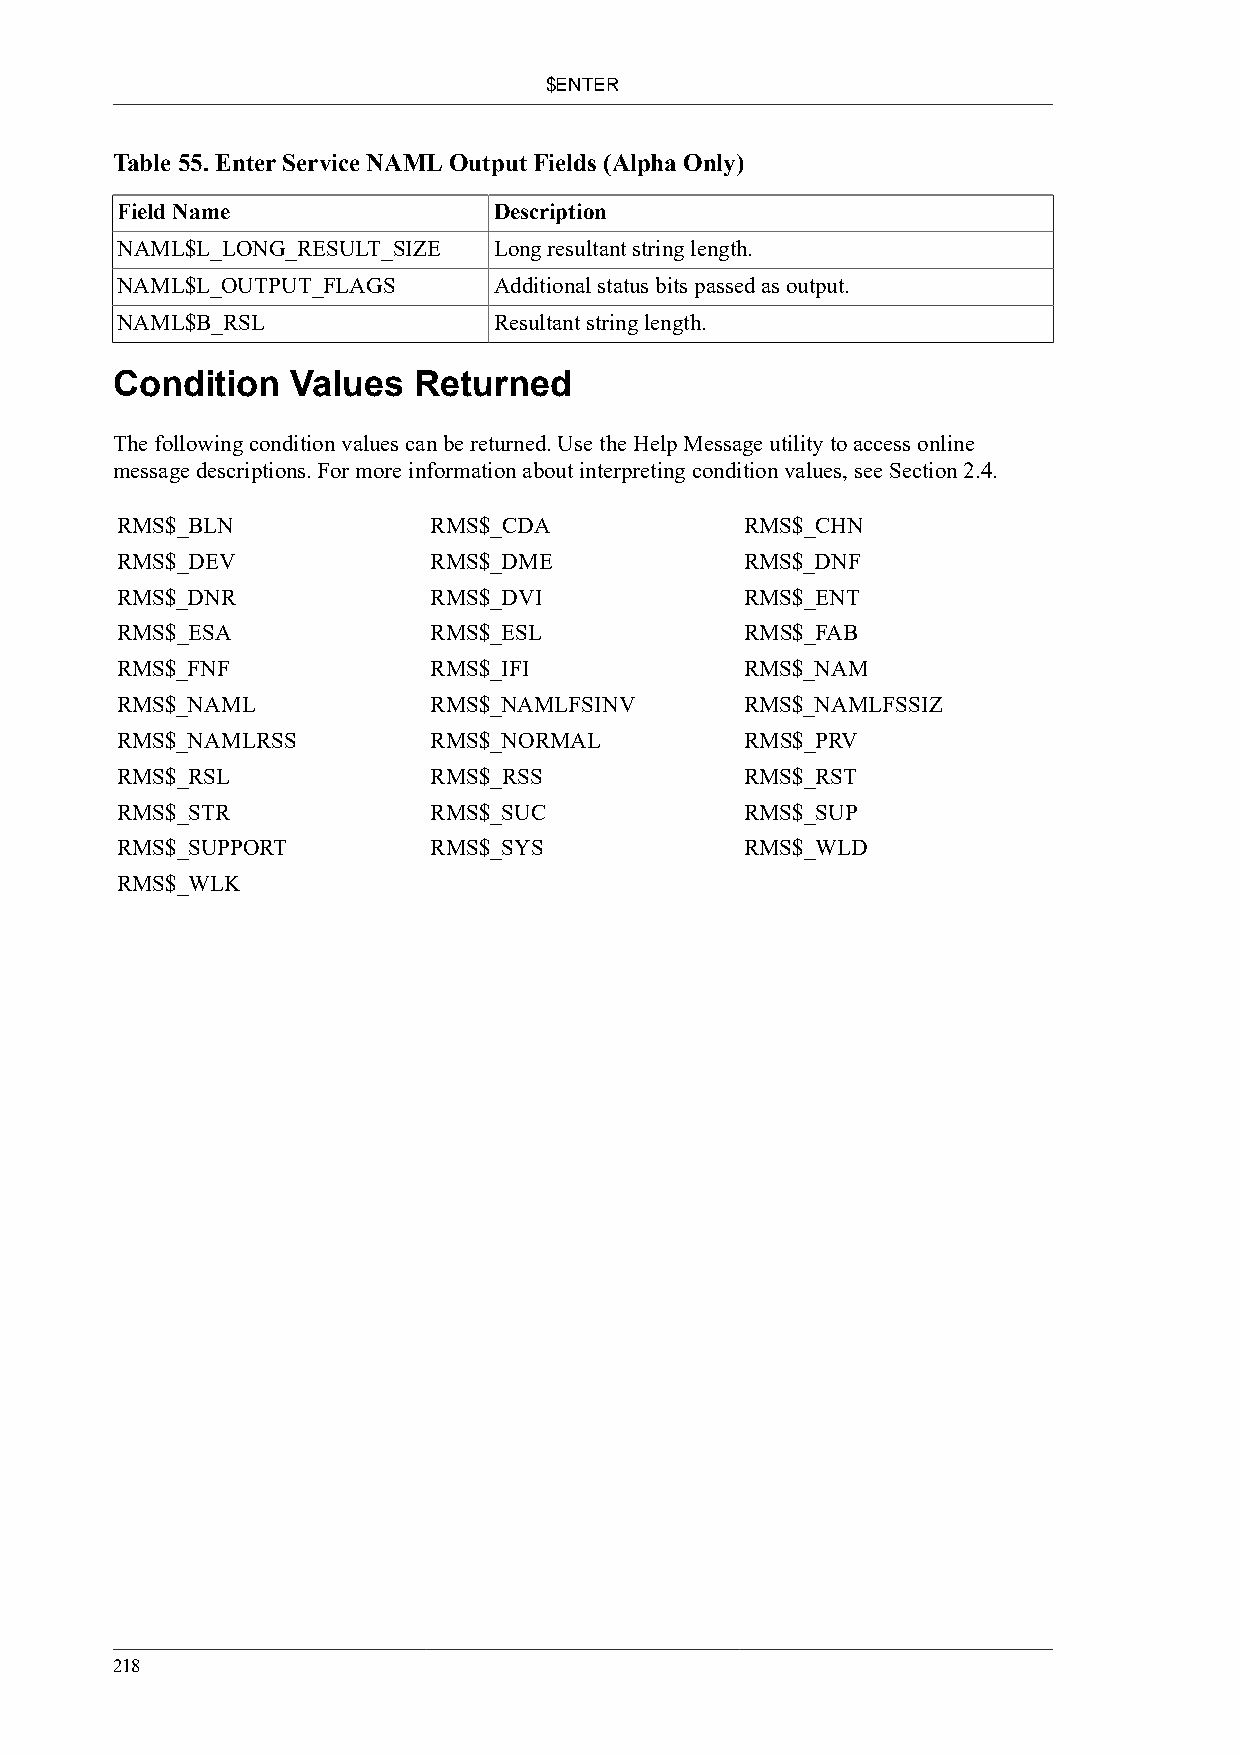
$ENTER
 Table 55. Enter Service NAML Output Fields (Alpha Only)
 Field Name               Description
 NAML$L_LONG_RESULT_SIZE  Long resultant string length.
 NAML$L_OUTPUT_FLAGS      Additional status bits passed as output.
 NAML$B_RSL               Resultant string length.
 Condition   Values  Returned
 The following condition values can be returned. Use the Help Message utility to access online
 message descriptions. For more information about interpreting condition values, see Section 2.4.
 RMS$_BLN            RMS$_CDA             RMS$_CHN
 RMS$_DEV            RMS$_DME             RMS$_DNF
 RMS$_DNR            RMS$_DVI             RMS$_ENT
 RMS$_ESA            RMS$_ESL             RMS$_FAB
 RMS$_FNF            RMS$_IFI             RMS$_NAM
 RMS$_NAML           RMS$_NAMLFSINV       RMS$_NAMLFSSIZ
 RMS$_NAMLRSS        RMS$_NORMAL          RMS$_PRV
 RMS$_RSL            RMS$_RSS             RMS$_RST
 RMS$_STR            RMS$_SUC             RMS$_SUP
 RMS$_SUPPORT        RMS$_SYS             RMS$_WLD
 RMS$_WLK
 218